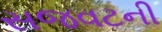
સજવટની